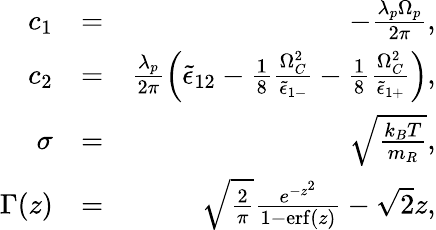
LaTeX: \begin{array}{rlr}{c_{1}}&{=}&{-\frac{\lambda_{p}\Omega_{p}}{2\pi},}\\ {c_{2}}&{=}&{\frac{\lambda_{p}}{2\pi}\left(\tilde{\epsilon}_{12}-\frac{1}{8}\frac{\Omega_{C}^{2}}{\tilde{\epsilon}_{1-}}-\frac{1}{8}\frac{\Omega_{C}^{2}}{\tilde{\epsilon}_{1+}}\right),}\\ {\sigma}&{=}&{\sqrt{\frac{k_{B}T}{m_{R}}},}\\ {\Gamma(z)}&{=}&{\sqrt{\frac{2}{\pi}}\frac{e^{-z^{2}}}{1-\mathrm{erf}\left(z\right)}-\sqrt{2}z,}\end{array}